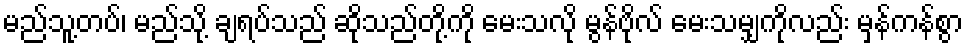
မည်သူ့တပ်၊ မည်သို့ ချရပ်သည် ဆိုသည်တို့ကို မေးသလို မွန်ဗိုလ် မေးသမျှကိုလည်း မှန်ကန်စွာ